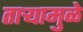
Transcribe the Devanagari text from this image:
ताऱ्यामुळे